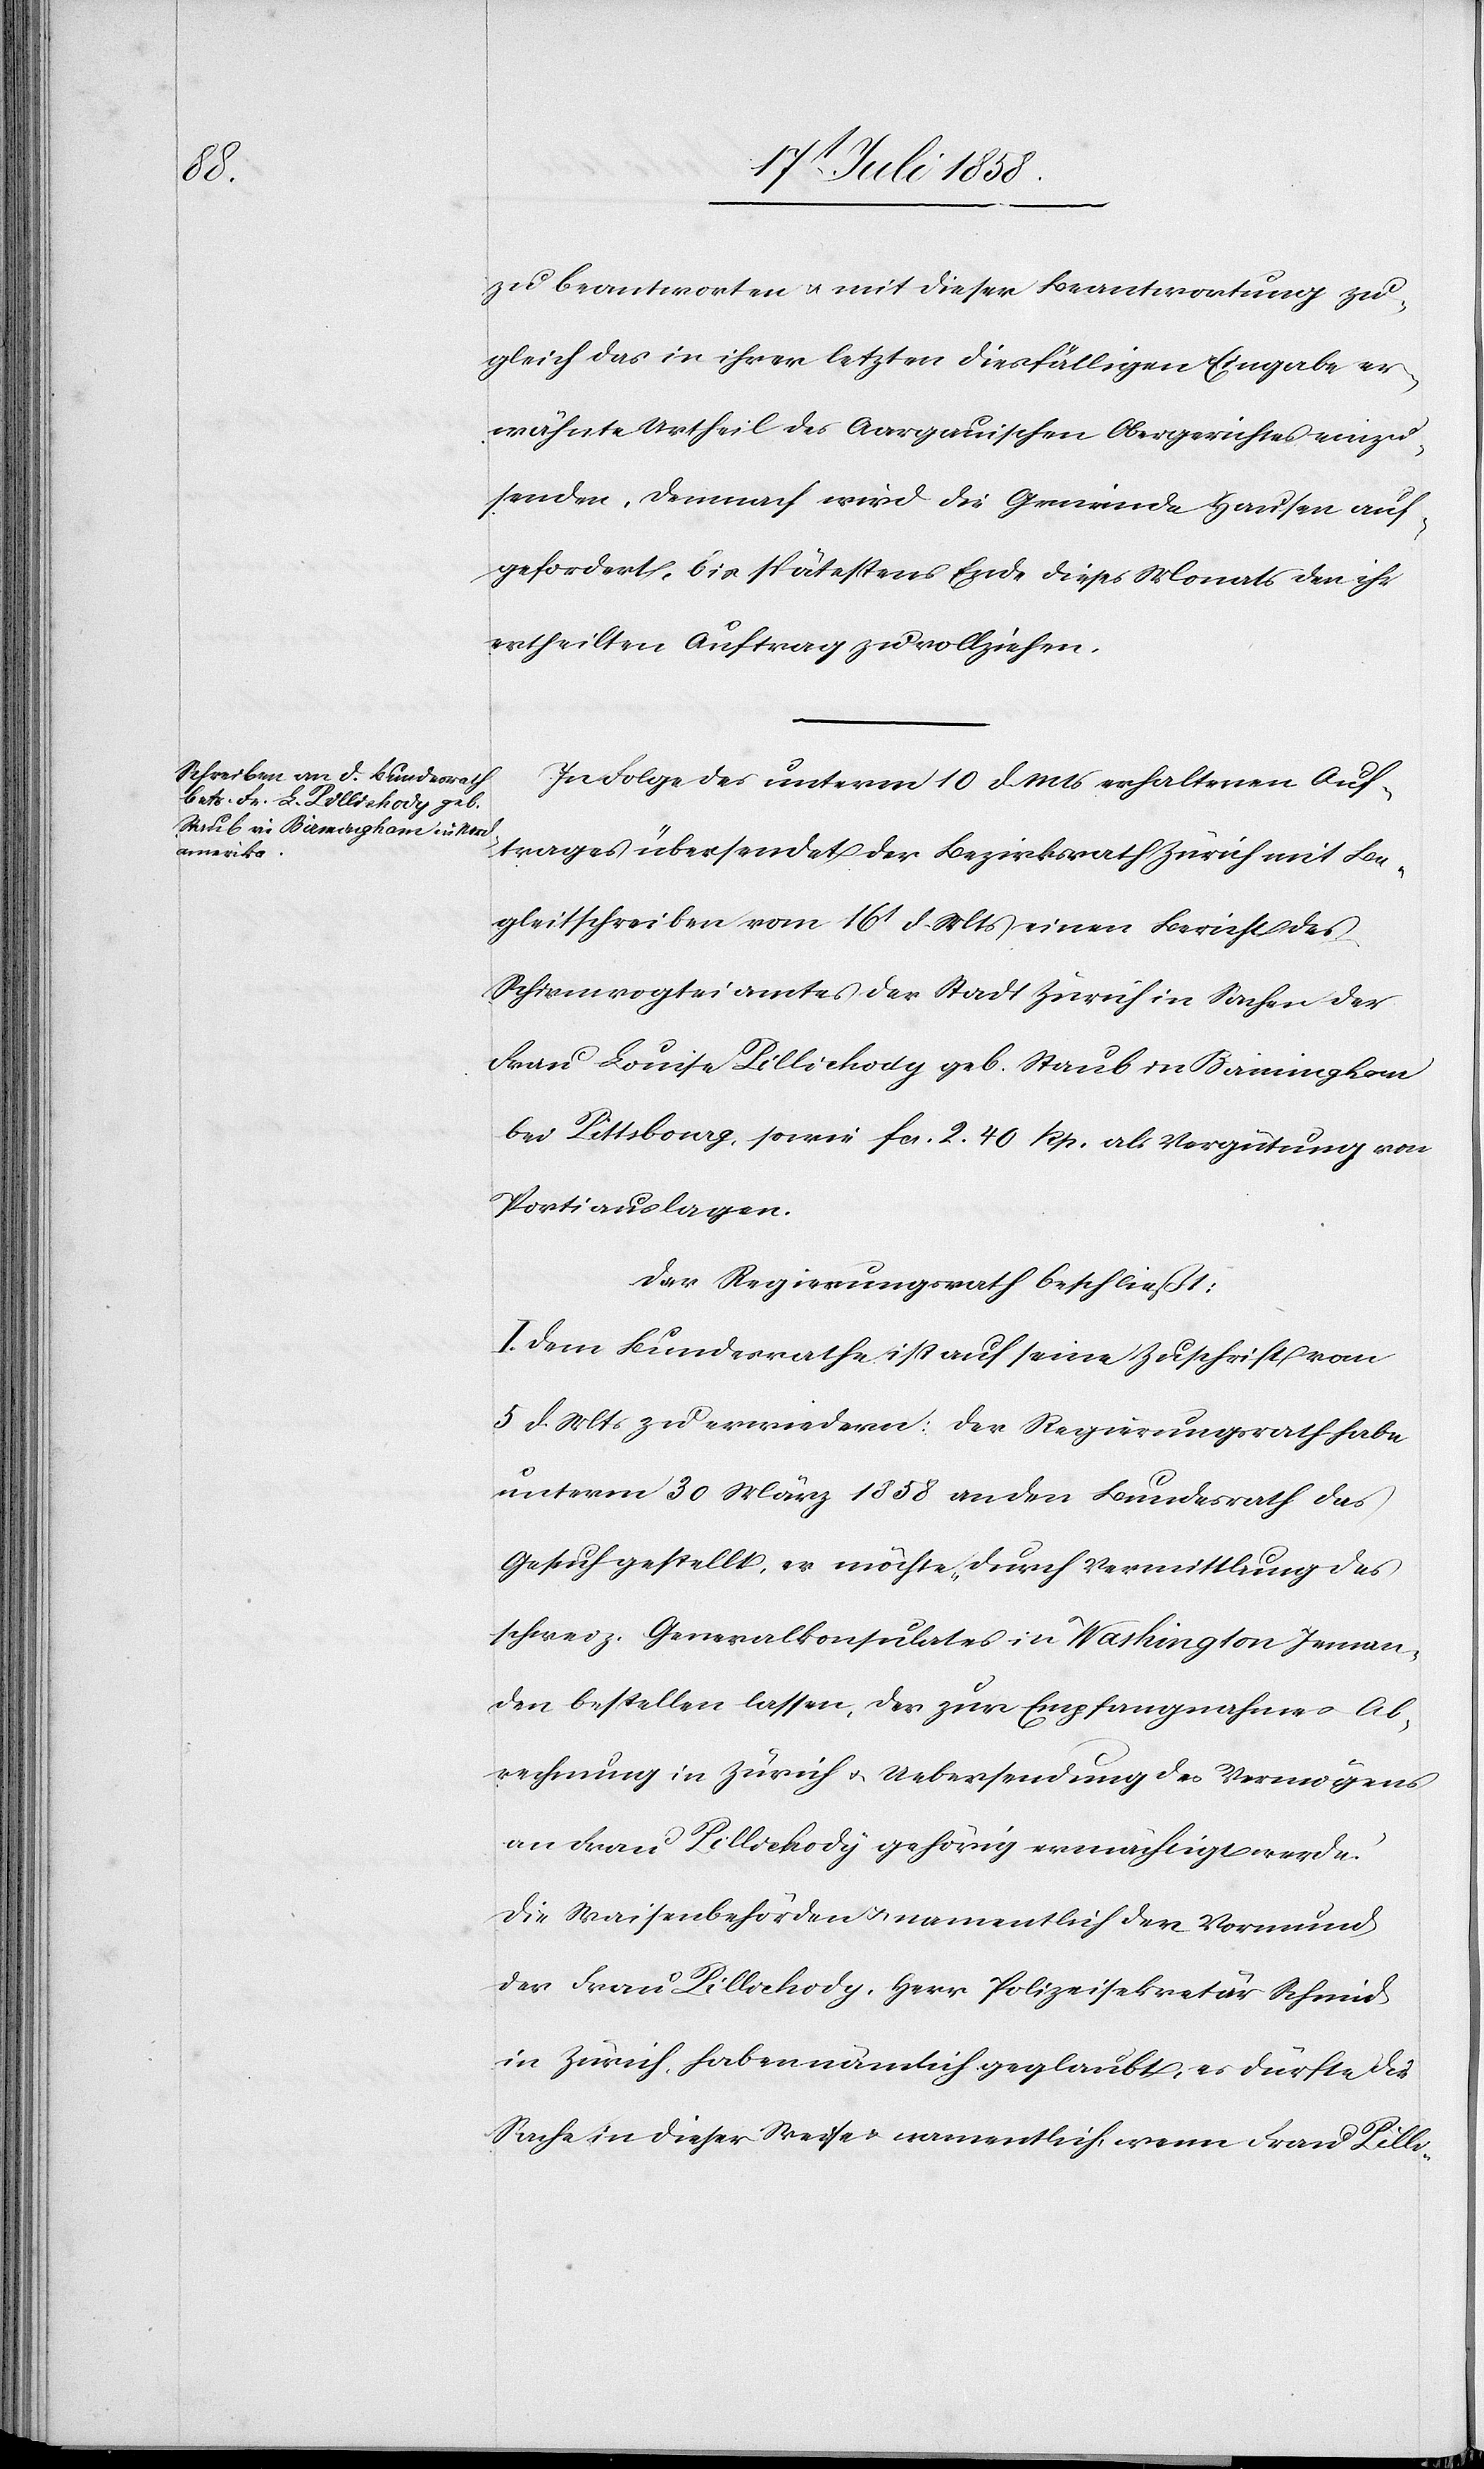
zu beantworten & mit dieser Beantwortung zu¬
gleich das in ihrer letzten diesfälligen Eingabe er¬
wähnte Urtheil des Aargauischen Obergerichtes einzu¬
senden. Demnach wird die Gemeinde Hausen auf¬
gefordert, bis spätestens Ende dieses Monats den ihr
ertheilten Auftrag zu vollziehen.
In Folge des unterm 10 d. Mts erhaltenen Auf¬
trages übersendet der Bezirksrath Zürich mit Be¬
gleitschreiben vom 16t d. Mts einen Bericht des
Schirmvogteiamtes der Stadt Zürich in Sachen der
Frau Louise Pillichody geb. Staub in Birmingham
bei Pittsbourg, sowie fcs. 2. 40 Rp. als Vergütung von
Portiauslagen.
Der Regierungsrath beschließt:
I. Dem Bundesrathe ist auf seine Zuschrift vom
5 d. Mts zu erwiedern: Der Regierungsrath habe
unterm 30 März 1858 an den Bundesrath das
Gesuch gestellt, es möchte „durch Vermittlung des
schweiz. Generalkonsulates in Washington Jeman¬
den bestellen lassen, der zur Empfangnahme [?&] Ab¬
rechnung in Zürich & Uebersendung des Vermögens
an Frau Pillichody gehörig ermächtigt werde.“
Die Waisenbehörden & namentlich der Vormund
der Frau Pillichody, Herr Polizeisekretär Schmid
in Zürich, haben nämlich geglaubt, es dürfte die
Sache in dieser Weise & namentlich, wenn Frau Pilli-